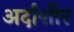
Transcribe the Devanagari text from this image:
अर्दाशीर